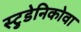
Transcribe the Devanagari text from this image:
स्टुडेनिकोवा